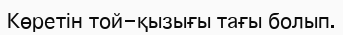
Көретін той-қызығы тағы болып.